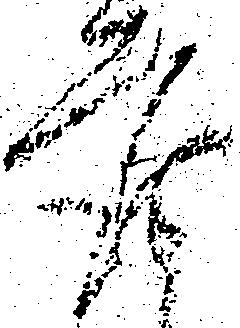
座